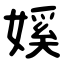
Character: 㜎